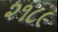
૨૧૮૯